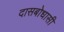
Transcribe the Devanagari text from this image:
दासबोधासी